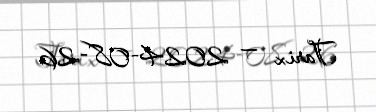
Tarix — 2024-08-26